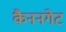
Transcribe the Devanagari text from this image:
कैननगेट